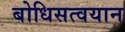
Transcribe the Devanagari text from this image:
बोधिसत्वयान